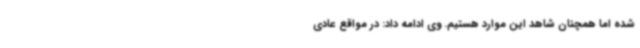
شده اما همچنان شاهد این موارد هستیم. وی ادامه داد: در مواقع عادی